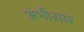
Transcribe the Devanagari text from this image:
अंभीसार